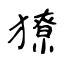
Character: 獠